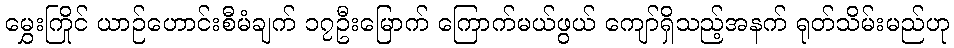
မွှေးကြိုင် ယာဉ်ဟောင်းစီမံချက် ၁၇ဦးမြောက် ကြောက်မယ်ဖွယ် ကျော်ရှိသည့်အနက် ရုတ်သိမ်းမည်ဟု